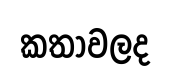
කතාවලද